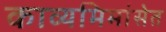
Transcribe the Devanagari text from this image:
काव्यमिमांसेत